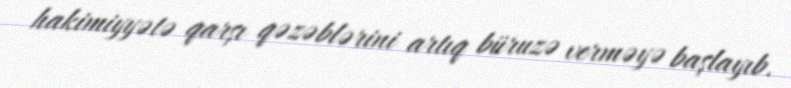
hakimiyyətə qarşı qəzəblərini artıq büruzə verməyə başlayıb.